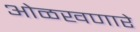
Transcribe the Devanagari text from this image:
ओळखणारे